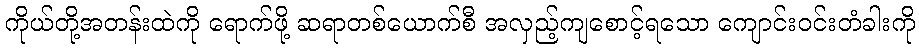
ကိုယ်တို့အတန်းထဲကို ရောက်ဖို့ ဆရာတစ်ယောက်စီ အလှည့်ကျစောင့်ရသော ကျောင်းဝင်းတံခါးကို